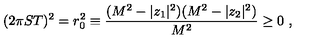
( 2 \pi S T ) ^ { 2 } = r _ { 0 } ^ { 2 } \equiv { \frac { ( M ^ { 2 } - | z _ { 1 } | ^ { 2 } ) ( M ^ { 2 } - | z _ { 2 } | ^ { 2 } ) } { M ^ { 2 } } } \geq 0 \ ,